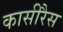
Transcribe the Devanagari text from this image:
कासीरैस